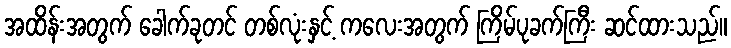
အထိန်းအတွက် ခေါက်ခုတင် တစ်လုံးနှင့် ကလေးအတွက် ကြိမ်ပုခက်ကြီး ဆင်ထားသည်။